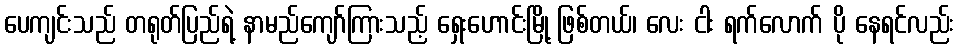
ပေကျင်းသည် တရုတ်ပြည်ရဲ့ နာမည်ကျော်ကြားသည့် ရှေးဟောင်းမြို့ ဖြစ်တယ်၊ လေး ငါး ရက်လောက် ပို နေရင်လည်း